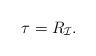
LaTeX: \begin{align*}\tau = R_{\mathcal{I}}.\end{align*}